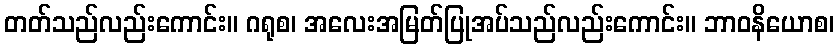
တတ်သည်လည်းကောင်း။ ဂရုစ၊ အလေးအမြတ်ပြုအပ်သည်လည်းကောင်း။ ဘာဝနိယောစ၊